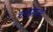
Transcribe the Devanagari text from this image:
चन्द्रमाओ